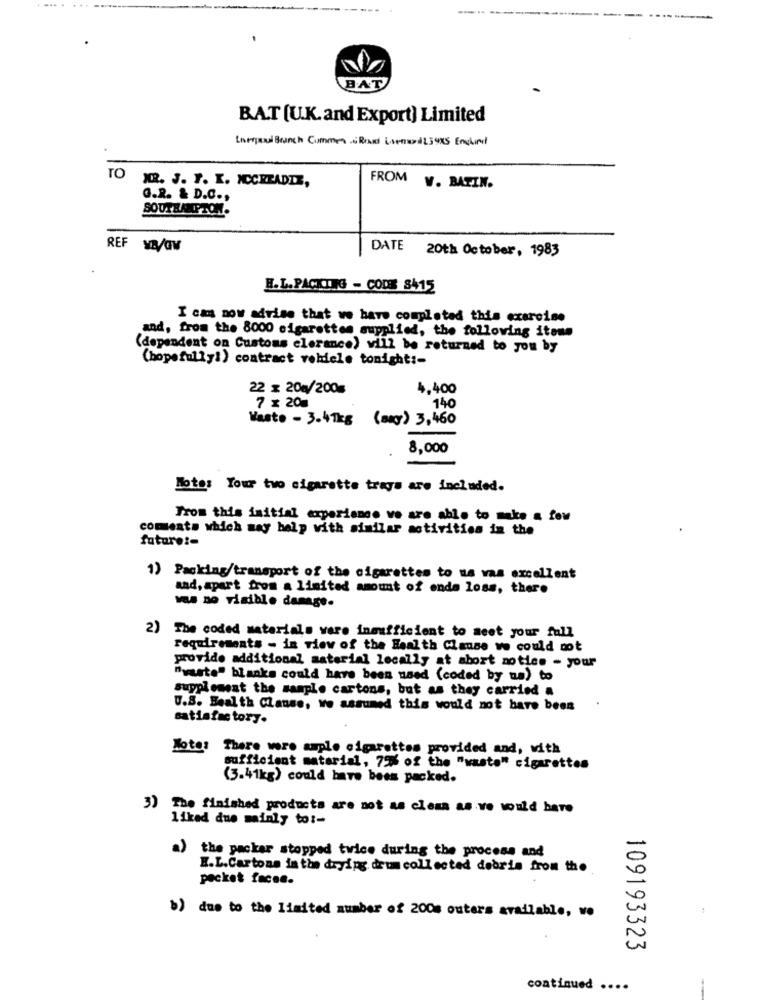
... .
...
BAT
BAT (U.K. and Export) Limited
Unequal Bunch Comme & Road Comme1234x5 Endund
TO MR. J. F. K. MCCREADIE,
FROM
V. BATIN.
G.2. & D.C .,
SOUTHAMPTON.
REF YBV/GW
DATE 20th October, 1983
H.L. PACKING - CODE 8415
I can now advise that we have completed this exercise
and, from the 8000 cigarettes supplied, the following items
(dependent on Customs elerance) will be returned to you by
(hopefullyi) contract vehicle tonight :-
22 x 20g/200
4,400
7 x 20g
140
Wasto - 3.41kg (aky) 3,460
8,000
Nota: Your two cigarette trays are included.
Trom this initial experiance ve are able to make a few
comments which may help with similar activities in the
future :-
1) Packing/transport of the cigarettes to us vas excellent
and, apart from a limited amount of ende loss, there
was no visible damage.
2) The coded materials vare insufficient to meet your fall
requirements - in view of the Health Clause ve could not
provide additional material locally at abort notice - your
"yuste" blanks could have been used (coded by na) to
supplement the sample cartons, but as they carried a
U.S. Health Clause, we assumed this would not have been
satisfactory.
Note: There were ample cigarettes provided and, with
sufficient material, 75% of the "waste" cigarettes
(3.41kg) could have been packed.
3) The finished products are not as clean as.ve would have
liked due mainly to :-
a)
the packar stopped twice during the process and
H.L.Cartons in the drying drum collected debris from the
pocket faces.
b) due to the limited number of 2008 outers available, wo
109193323
continued ....